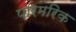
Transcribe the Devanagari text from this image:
पारमरिक